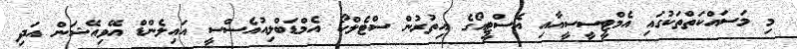
މި މަސައްކަތްތަކުގައި އެމްޓީސީސީއާއި އެސްޓީއޯގެ އިތުރުން ސްޓެލްކޯ އެމްޑަބްލިއުއެސްސީ އައިލެންޑް އޭވިއޭޝަން އަދި